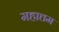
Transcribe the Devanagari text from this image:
महात्तम